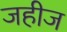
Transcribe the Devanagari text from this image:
जहीज